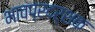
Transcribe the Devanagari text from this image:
भावप्रदर्शक